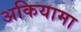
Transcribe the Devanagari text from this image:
अकियामा